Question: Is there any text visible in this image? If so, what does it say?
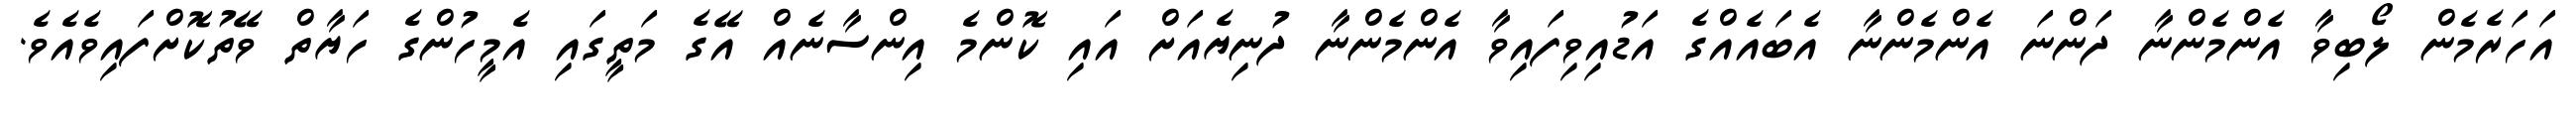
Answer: އަހަރެމެން ލޯބިވާ އެންމެންނާ ދަންނަ އެންމެންނާ އެބައެއްގެ އަޑުއިވިފައިވާ އެންމެންނާ ދުނިޔެއަށް އައި ކޮންމެ އިންސާނެއް އޭގެ މަތީގައި އެމީހުންގެ ހަޔާތް ވޭތުކޮށްފައިވެއެވެ.